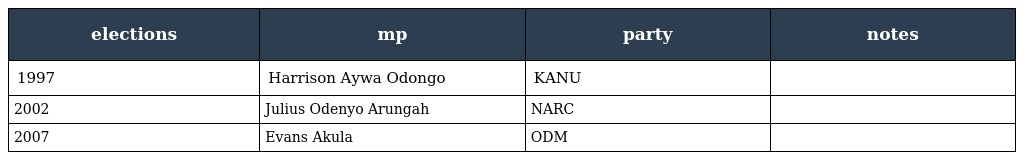
| elections | mp | party | notes |
 | --- | --- | --- | --- |
 | 1997 | Harrison Aywa Odongo | KANU |  |
 | 2002 | Julius Odenyo Arungah | NARC |  |
 | 2007 | Evans Akula | ODM |  |